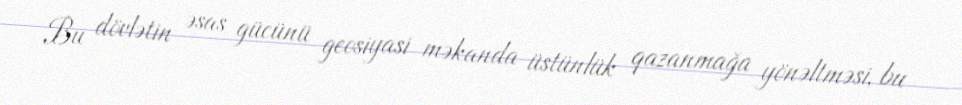
Bu dövlətin əsas gücünü geosiyasi məkanda üstünlük qazanmağa yönəltməsi, bu